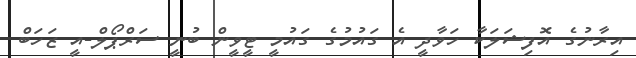
އިރާނުގެ އޮފިޝަލަކާ ހަވާދީ އެ ގައުމުގެ ގައުމީ ޓީވީން ބުނީ ސަރްޕޯލް-އީ ޒަހަބް